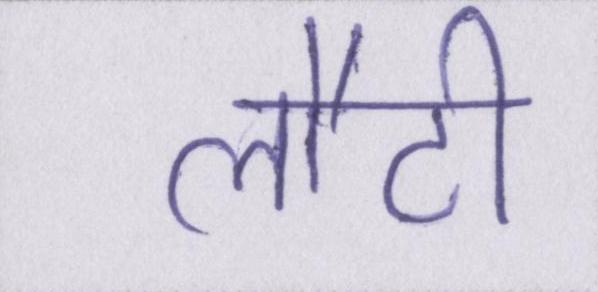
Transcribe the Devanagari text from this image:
लौटी